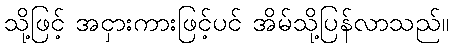
သို့ဖြင့် အငှားကားဖြင့်ပင် အိမ်သို့ပြန်လာသည်။